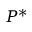
P ^ { * }